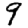
Digit: 9